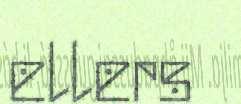
ellers